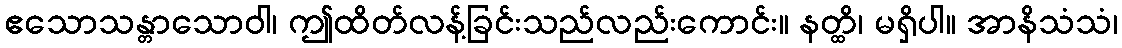
ဧသောသန္တာသောဝါ၊ ဤထိတ်လန့်ခြင်းသည်လည်းကောင်း။ နတ္ထိ၊ မရှိပါ။ အာနိသံသံ၊